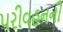
પરીવહનની